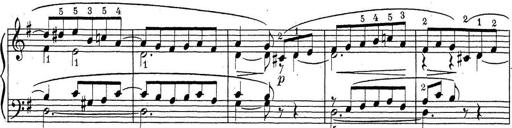
Title: ÄŒeskÃ© Sonatiny
Composer: Various